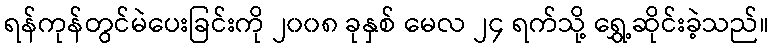
ရန်ကုန်တွင်မဲပေးခြင်းကို ၂၀၀၈ ခုနှစ် မေလ ၂၄ ရက်သို့ ရွှေ့ဆိုင်းခဲ့သည်။